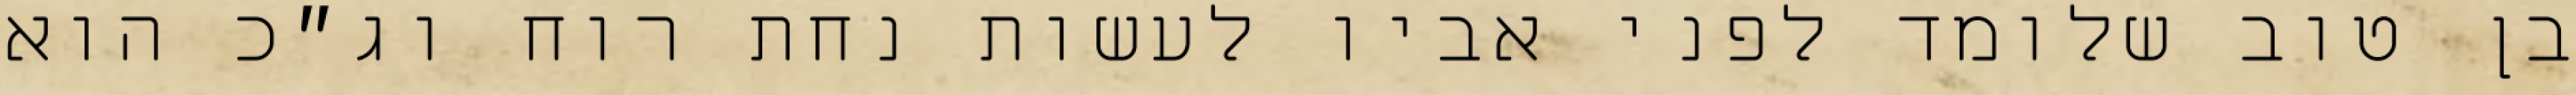
בן טוב שלומד לפני אביו לעשות נחת רוח וג״כ הוא